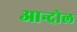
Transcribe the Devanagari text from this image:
आन्दोल